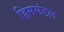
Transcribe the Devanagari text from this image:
हिममंडल